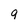
Character: q